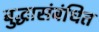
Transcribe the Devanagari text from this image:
बुद्धासंबंधित